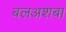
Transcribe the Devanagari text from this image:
बलअशबा